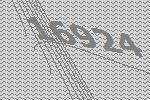
16924